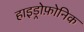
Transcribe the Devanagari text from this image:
हाइड्रोफ़ोनिक